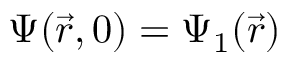
\Psi ( \vec { r } , 0 ) = \Psi _ { 1 } ( \vec { r } )